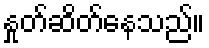
နှုတ်ဆိတ်နေသည်။